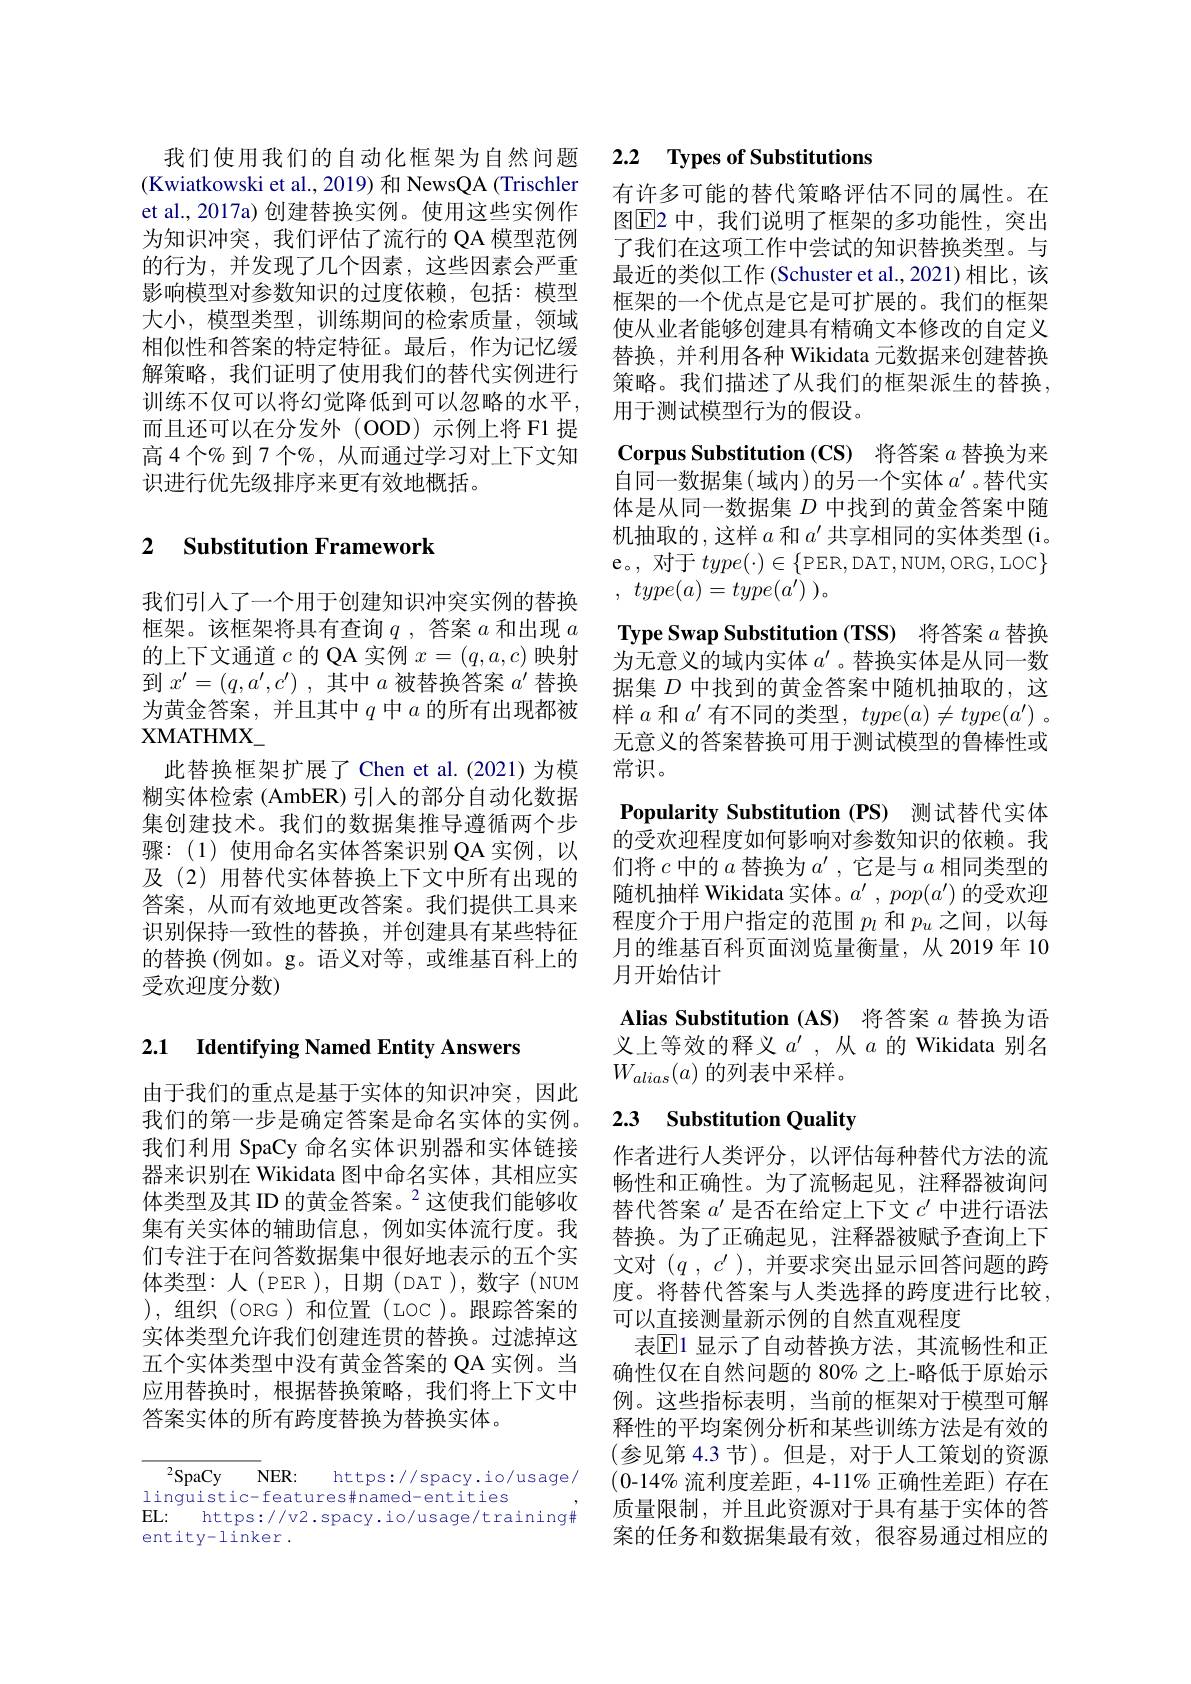
(Kwiatkowski et al., 2019) 和 NewsQA (Trischler et al., 2017a) 创建替换实例。使用这些实例作为知识冲突，我们评估了流行的 QA 模型范例的行为，并发现了几个因素，这些因素会严重影响模型对参数知识的过度依赖，包括：模型大小，模型类型，训练期间的检索质量，领域相似性和答案的特定特征。最后，作为记忆缓解策略，我们证明了使用我们的替代实例进行训练不仅可以将幻觉降低到可以忽略的水平， 而且还可以在分发外(OOD)示例上将 F1 提高4个%到7个$\%$,从而通过学习对上下文知识进行优先级排序来更有效地概括。

## 2 Substitution Framework

我们引人了一个用于创建知识冲突实例的替换框架。该框架将具有查询$q$ ,答案$a$和出现$a$ 的上下文通道$c$的 QA 实例$x=(q,a,c)$映射到$x^\prime=(q,a^{\prime},c^{\prime})$ ,其中$a$被替换答案$a^\prime$替换为黄金答案，并且其中$q$中$a$的所有出现都被$\mathrm{XMATHMX}_{-}$
此替换框架扩展了Chen et al.(2021)为模糊实体检索 (AmbER) 引入的部分自动化数据集创建技术。我们的数据集推导遵循两个步骤：(1)使用命名实体答案识别 QA 实例，以及(2)用替代实体替换上下文中所有出现的答案，从而有效地更改答案。我们提供工具来识别保持一致性的替换，并创建具有某些特征的替换(例如。g。语义对等，或维基百科上的受欢迎度分数)

## 2.1 Identifying Named Entity Answers

由于我们的重点是基于实体的知识冲突，因此我们的第一步是确定答案是命名实体的实例。我们利用 SpaCy 命名实体识别器和实体链接器来识别在 Wikidata 图中命名实体，其相应实体类型及其 ID 的黄金答案。$^{2}$这使我们能够收集有关实体的辅助信息，例如实体流行度。我们专注于在问答数据集中很好地表示的五个实体类型：人(PER),日期(DAT),数字(NUM ),组织(ORG)和位置(LOC)。跟踪答案的实体类型允许我们创建连贯的替换。过滤掉这五个实体类型中没有黄金答案的 QA 实例。当应用替换时，根据替换策略，我们将上下文中答案实体的所有跨度替换为替换实体。

$^{2}$SpaCy NER: https://spacy.io/usage,
linguistic-features#named-entities
EL: https://v2.spacy.io/usage/training#
entity-linker.

## 我们使用我们的自动化框架为自然问题 2.2 Types of Substitutions

有许多可能的替代策略评估不同的属性。在图$\boxed{\mathrm{E}}$2 中，我们说明了框架的多功能性，突出了我们在这项工作中尝试的知识替换类型。与最近的类似工作 (Schuster et al., 2021)相比，该框架的一个优点是它是可扩展的。我们的框架使从业者能够创建具有精确文本修改的自定义替换，并利用各种 Wikidata 元数据来创建替换策略。我们描述了从我们的框架派生的替换， 用于测试模型行为的假设。

Corpus Substitution (CS) 将答案$a$替换为来自同一数据集(域内)的另一个实体$a^{\prime}$ 。替代实

体是从同一数据集$D$中找到的黄金答案中随

机抽取的，这样$a$和$a^\prime$共享相同的实体类型 (i。

e。, 对于$type(\cdot)\in\left\{\mathrm{PER,DAT,NUM,ORG,LOC}\right\}$

, $type( a) = type( a^{\prime })$ )。

Type Swap Substitution (TSS) 将答案$a$替换

为无意义的域内实体$a^\prime$ 。替换实体是从同一数

据集$D$中找到的黄金答案中随机抽取的，这

样$a$和$a^\prime$有不同的类型，$type(a)\neq type(a^\prime)$ 。

无意义的答案替换可用于测试模型的鲁棒性或

常识。

Popularity Substitution (PS) 测试替代实体的受欢迎程度如何影响对参数知识的依赖。我们将$c$中的$a$ 替 换 为 $a^\prime $,它是与$a$相同类型的随机抽样 Wikidata 实体。$a^{\prime},pop(a^{\prime})$的受欢迎程度介于用户指定的范围$p_l$和$p_u$之间，以每月的维基百科页面浏览量衡量，从2019年 10月开始估计

Alias Substitution (AS) 将答案$a$替换为语义上等效的释义$a^{\prime}$,从$a$的 Wikidata 别名$W_{alias}(a)$的列表中采样。

## 2.3 Substitution Quality

作者进行人类评分，以评估每种替代方法的流畅性和正确性。为了流畅起见，注释器被询问替代答案$a^\prime$是否在给定上下文$c^\prime$中进行语法替换。为了正确起见，注释器被赋予查询上下文对$(q,c^{\prime})$,并要求突出显示回答问题的跨度。将替代答案与人类选择的跨度进行比较， 可以直接测量新示例的自然直观程度
表$\mathbb{E}$1 显示了自动替换方法，其流畅性和正确性仅在自然问题的 80% 之上-略低于原始示例。这些指标表明，当前的框架对于模型可解释性的平均案例分析和某些训练方法是有效的(参见第 4.3 节)。但是，对于人工策划的资源(0-14% 流利度差距，4-11% 正确性差距)存在质量限制，并且此资源对于具有基于实体的答案的任务和数据集最有效，很容易通过相应的